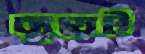
ব্যুয়েট